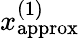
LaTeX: x_{\mathrm{approx}}^{(1)}